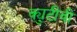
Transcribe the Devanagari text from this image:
क्युटीवी